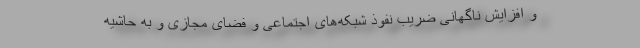
و افزایش ناگهانی ضریب نفوذ شبکه‌های اجتماعی و فضای مجازی و به حاشیه